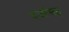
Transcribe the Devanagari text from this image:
दर्जासह